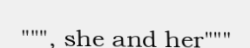
""", she and her"""